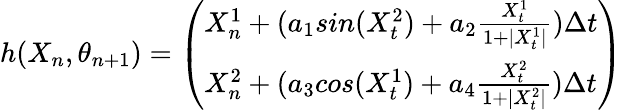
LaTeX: h(X_{n},\theta_{n+1})=\left(\begin{array}{l}{X_{n}^{1}+(a_{1}sin(X_{t}^{2})+a_{2}\frac{X_{t}^{1}}{1+|X_{t}^{1}|})\Delta t}\\ {X_{n}^{2}+(a_{3}cos(X_{t}^{1})+a_{4}\frac{X_{t}^{2}}{1+|X_{t}^{2}|})\Delta t}\end{array}\right)